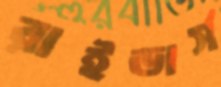
রাইডার্স